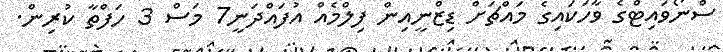
ސްނޯވައިޓްގެ ވާހަކައިގެ މައްޗަށް ޑިޒްނީއިން ފިލްމެއް އުފައްދަނީ7 މަސް 3 ހަފްތާ ކުރިން.